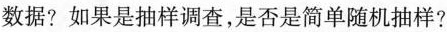
数据?如果是抽样调查，是否是简单随机抽样?